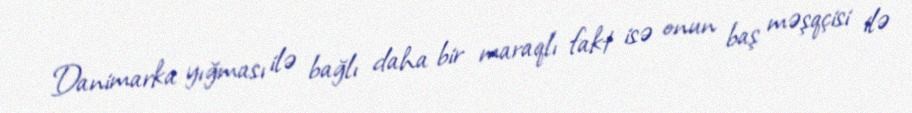
Danimarka yığması ilə bağlı daha bir maraqlı fakt isə onun baş məşqçisi ilə